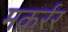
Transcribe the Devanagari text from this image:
मक़र्रर